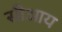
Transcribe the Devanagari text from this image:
सीआय